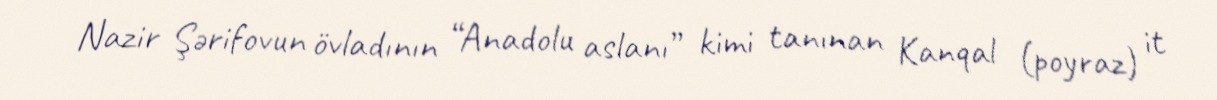
Nazir Şərifovun övladının “Anadolu aslanı” kimi tanınan Kanqal (poyraz) it